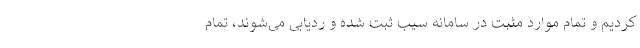
کردیم و تمام موارد مثبت در سامانه سیب ثبت شده و ردیابی می‌شوند، تمام